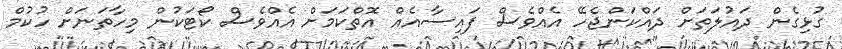
ގުޅިގެން ދައުލަތަށް ދައްކަންޖެހޭ އެއްވެސް ފައިސާއެއް އޮތްކަމަށް އެއްވެސް ކޯޓަކުން މިހާތަނަށް ހުކުމް